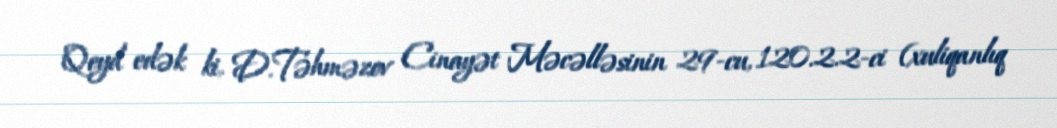
Qeyd edək ki, D.Təhməzov Cinayət Məcəlləsinin 29-cu, 120.2.2-ci (xuliqanlıq